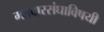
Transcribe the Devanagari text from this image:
मतदारसंघाविषयी